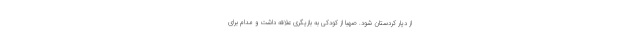
از دیار کردستان شود. صهبا از کودکی به بازیگری علاقه داشت و مدام برای